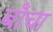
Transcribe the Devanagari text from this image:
बाँचा